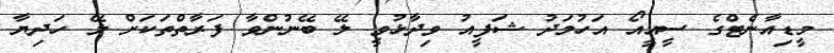
މީޑިއާނެޓްގެ ސީއީއޯ އަހުމަދު ޝަފީއު ވިދާޅުވީ ލޭ ބޭނުންވާ ފަރާތްތަކަށް ލޭ ހަދިޔާ